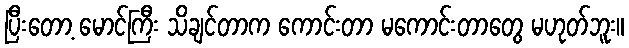
ပြီးတော့ မောင်ကြီး သိချင်တာက ကောင်းတာ မကောင်းတာတွေ မဟုတ်ဘူး။